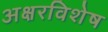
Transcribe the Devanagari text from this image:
अक्षरविशेष